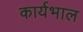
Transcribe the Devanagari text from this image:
कार्यभाल